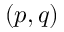
( p , q )